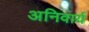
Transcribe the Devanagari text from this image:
अनिवार्य